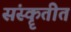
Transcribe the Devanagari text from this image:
संस्कॄतीत